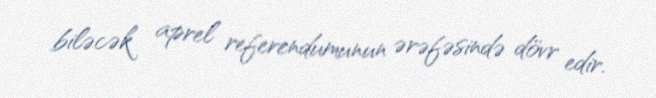
biləcək aprel referendumunun ərəfəsində dövr edir.